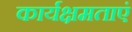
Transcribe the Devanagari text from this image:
कार्यक्षमताएं